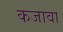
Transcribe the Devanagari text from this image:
कजावा